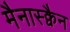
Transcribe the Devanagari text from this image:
मैनास्क्वैन